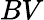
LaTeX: BV